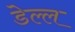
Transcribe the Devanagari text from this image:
डेल्ल